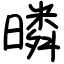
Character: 暽